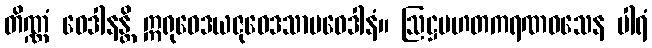
တိဏ္ဏံ ဝေဒါနန္တိ ဣရုဝေဒယဇုဝေဒသာမဝေဒါနံ။ ဩဋ္ဌပဟတကရဏဝသေန ပါရံ